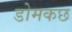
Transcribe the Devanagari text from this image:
डोमकछ